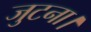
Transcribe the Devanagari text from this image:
जुटना।